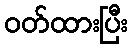
ဝတ်ထားပြီး